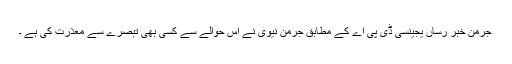
جرمن خبر رساں یجینسی ڈی پی اے کے مطابق جرمن نیوی نے اس حوالے سے کسی بھی تبصرے سے معذرت کی ہے ۔